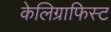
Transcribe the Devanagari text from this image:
केलिग्राफिस्ट